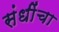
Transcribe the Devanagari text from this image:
संधींचा